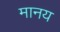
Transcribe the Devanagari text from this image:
मानय